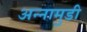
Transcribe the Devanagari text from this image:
अन्नामुडी